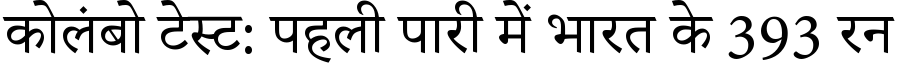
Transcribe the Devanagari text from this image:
कोलंबो टेस्ट: पहली पारी में भारत के 393 रन